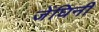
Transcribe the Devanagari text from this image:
जेंघिनी